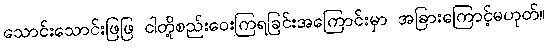
သောင်းသောင်းဖြဖြ ငါတို့စည်းဝေးကြရခြင်းအကြောင်းမှာ အခြားကြောင့်မဟုတ်။